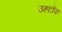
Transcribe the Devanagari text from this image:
उहटॉफ